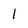
Character: 1